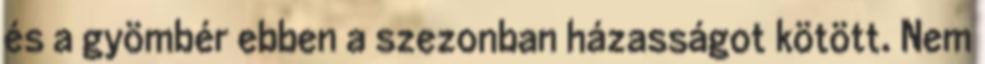
és a gyömbér ebben a szezonban házasságot kötött. Nem